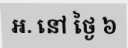
អ. នៅ ថ្ងៃ ៦